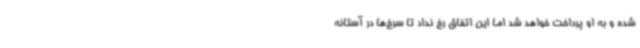
شده و به او پرداخت خواهد شد اما این اتفاق رخ نداد تا سرخ‌ها در آستانه